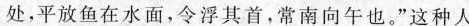
处，平放鱼在水面，令浮其首，常南向午也。”这种人